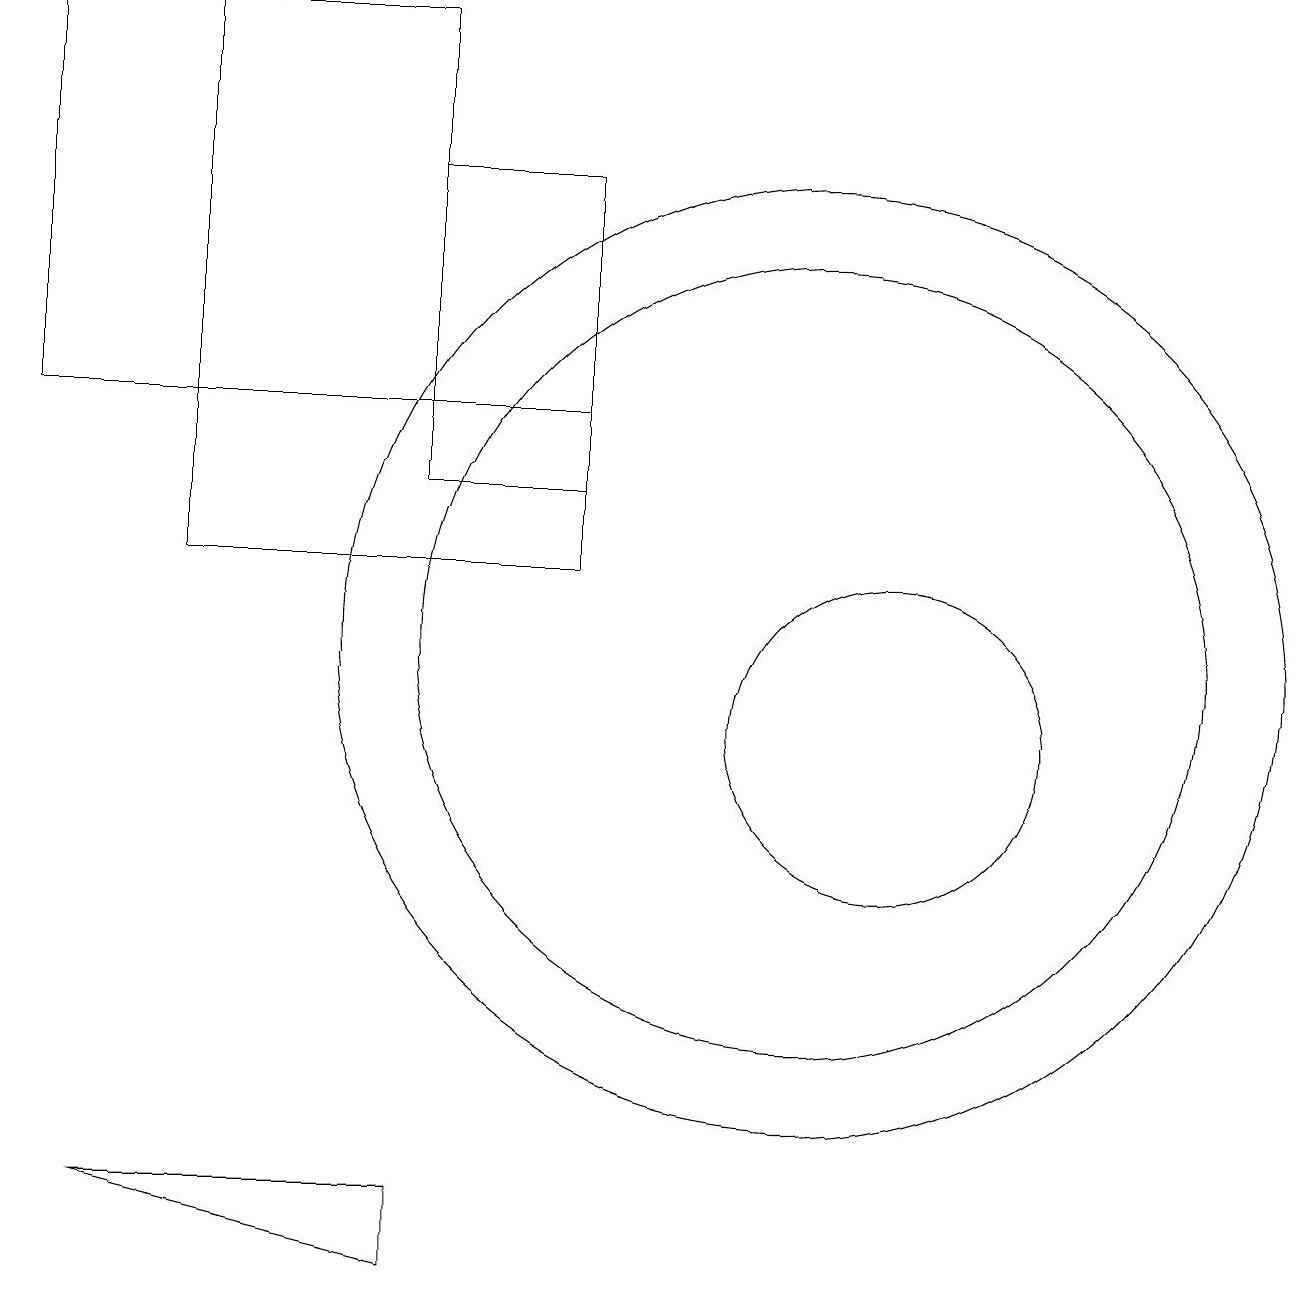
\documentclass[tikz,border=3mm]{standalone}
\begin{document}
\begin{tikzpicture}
\draw (7,17) rectangle (5,13);
\draw (7,14) rectangle (2,12);
\draw (11,10) circle (2);
\draw (5,19) rectangle (0,14);
\draw (5,14) rectangle (2,19);
\draw (10,11) circle (5);
\draw (1,4) -- (5,4) -- (5,3) -- cycle;
\draw (10,11) circle (6);
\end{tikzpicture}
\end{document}